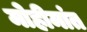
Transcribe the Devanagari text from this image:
मोहीमांत